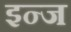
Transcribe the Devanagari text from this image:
इन्ज